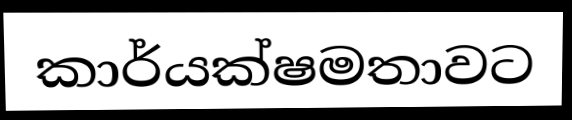
කාර්යක්ෂමතාවට